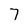
Character: 7